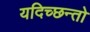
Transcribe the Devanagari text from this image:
यदिच्छन्तो